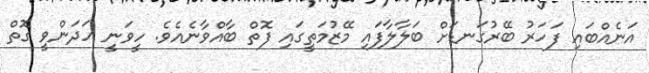
އަނެއްބައި ފަހަރު ބޭރުގަނޑަށް ބަލާލާފައި މޭޒުމަތީގައި ފޮތް ބާއްވާނެއެވެ. ހީވަނީ ހަދަންވީ ގޮތް